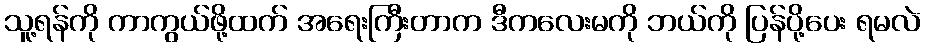
သူ့ရန်ကို ကာကွယ်ဖို့ထက် အရေးကြီးတာက ဒီကလေးမကို ဘယ်ကို ပြန်ပို့ပေး ရမလဲ